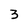
Character: 3